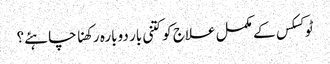
ٹوکسکس کے مکمل علاج کو کتنی بار دوبارہ رکھنا چاہئے؟